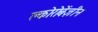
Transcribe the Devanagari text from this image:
क्लोरोबेंज़ीन